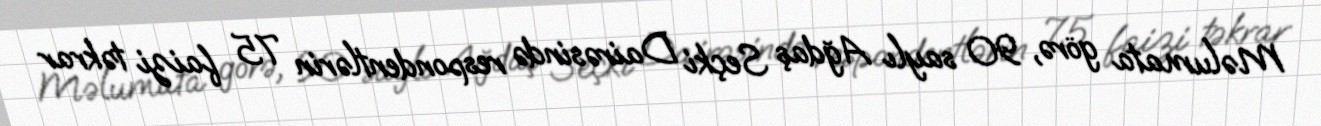
Məlumata görə, 90 saylı Ağdaş Seçki Dairəsində respondentlərin 75 faizi təkrar